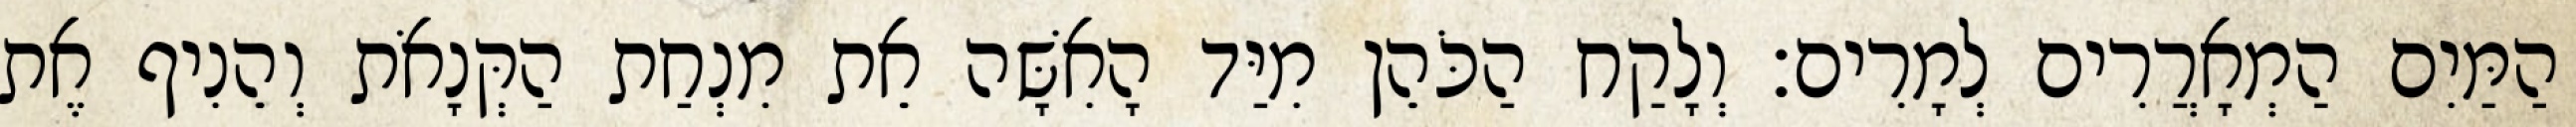
הַמַּיִם הַמְאָרֲרִים לְמָרִים׃ וְלָקַח הַכֹּהֵן מִיַּד הָאִשָּׁה אֵת מִנְחַת הַקְּנָאֹת וְהֵנִיף אֶת